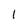
Character: 1